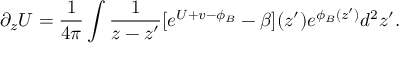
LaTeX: \partial _ { z } U = \frac { 1 } { 4 \pi } \int \frac { 1 } { z - z ^ { \prime } } [ e ^ { U + v - \phi _ { B } } - \beta ] ( z ^ { \prime } ) e ^ { \phi _ { B } ( z ^ { \prime } ) } d ^ { 2 } z ^ { \prime } .